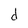
Character: d